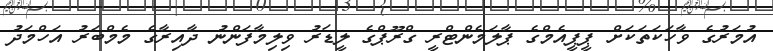
އުމަރުގެ ވާހަކަތަކަށް ޕީޕީއެމްގެ ޕާލަމެންޓްރީ ގްރޫޕްގެ ލީޑަރު ވިލިމާފަންނު ދާއިރާގެ މެމްބަރު އަހްމަދު